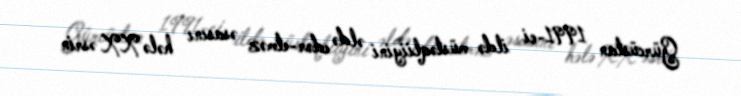
Gürcüstan 1991-ci ildə müstəqliiyini əldə edər-etməz əsasını hələ XX əsrin